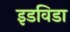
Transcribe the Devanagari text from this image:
इडविडा